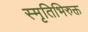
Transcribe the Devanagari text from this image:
स्मृतिभिरुक्त